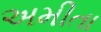
અમીતા